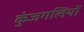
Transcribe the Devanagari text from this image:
कुंजगलियों